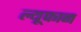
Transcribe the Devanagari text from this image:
ल्यूफान